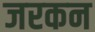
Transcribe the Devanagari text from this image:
जरकन